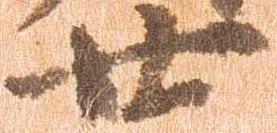
廿